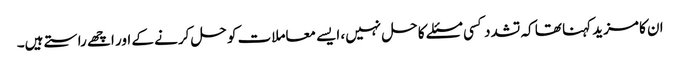
ان کا مزید کہنا تھا کہ تشدد کسی مسئلے کا حل نہیں، ایسے معاملات کو حل کرنے کے اور اچھے راستے ہیں۔